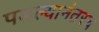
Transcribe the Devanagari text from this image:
पडल्यानंतरच